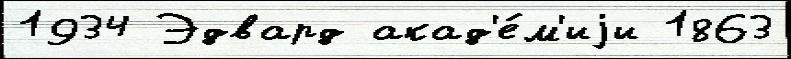
1934 Эдвард акад'е́м'иjи 1863